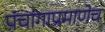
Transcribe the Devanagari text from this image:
पंचांगाप्रमाणेच